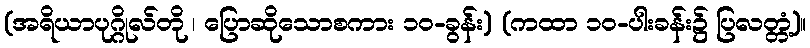
(အရိယာပုဂ္ဂိုလ်တို ၊ ပြောဆိုသောစကား ၁၀-ခွန်း) (ကထာ ၁၀-ပါးခန်း၌ ပြလတ္တံ့)။